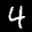
Label: 4